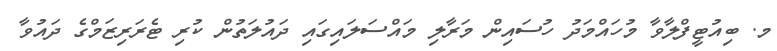
މ. ބިއުޓީފްލާވާ މުހައްމަދު ހުސައިން މަރާލި މައްސަލައިގައި ދައުލަތުން ކުރި ޓެރަރިޒަމްގެ ދައުވާ